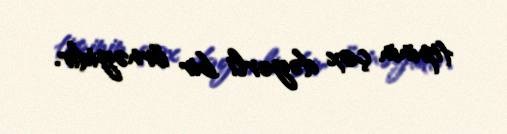
tipinin çox dəyərli bir örnəyidir.